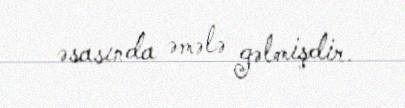
əsasında əmələ gəlmişdir.